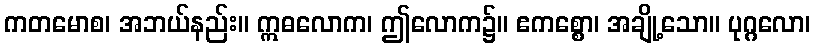
ကတမောစ၊ အဘယ်နည်း။ ဣဓလောက၊ ဤလောက၌။ ဧကစ္စော၊ အချို့သော။ ပုဂ္ဂလော၊